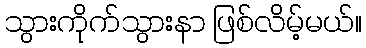
သွားကိုက်သွားနာ ဖြစ်လိမ့်မယ်။